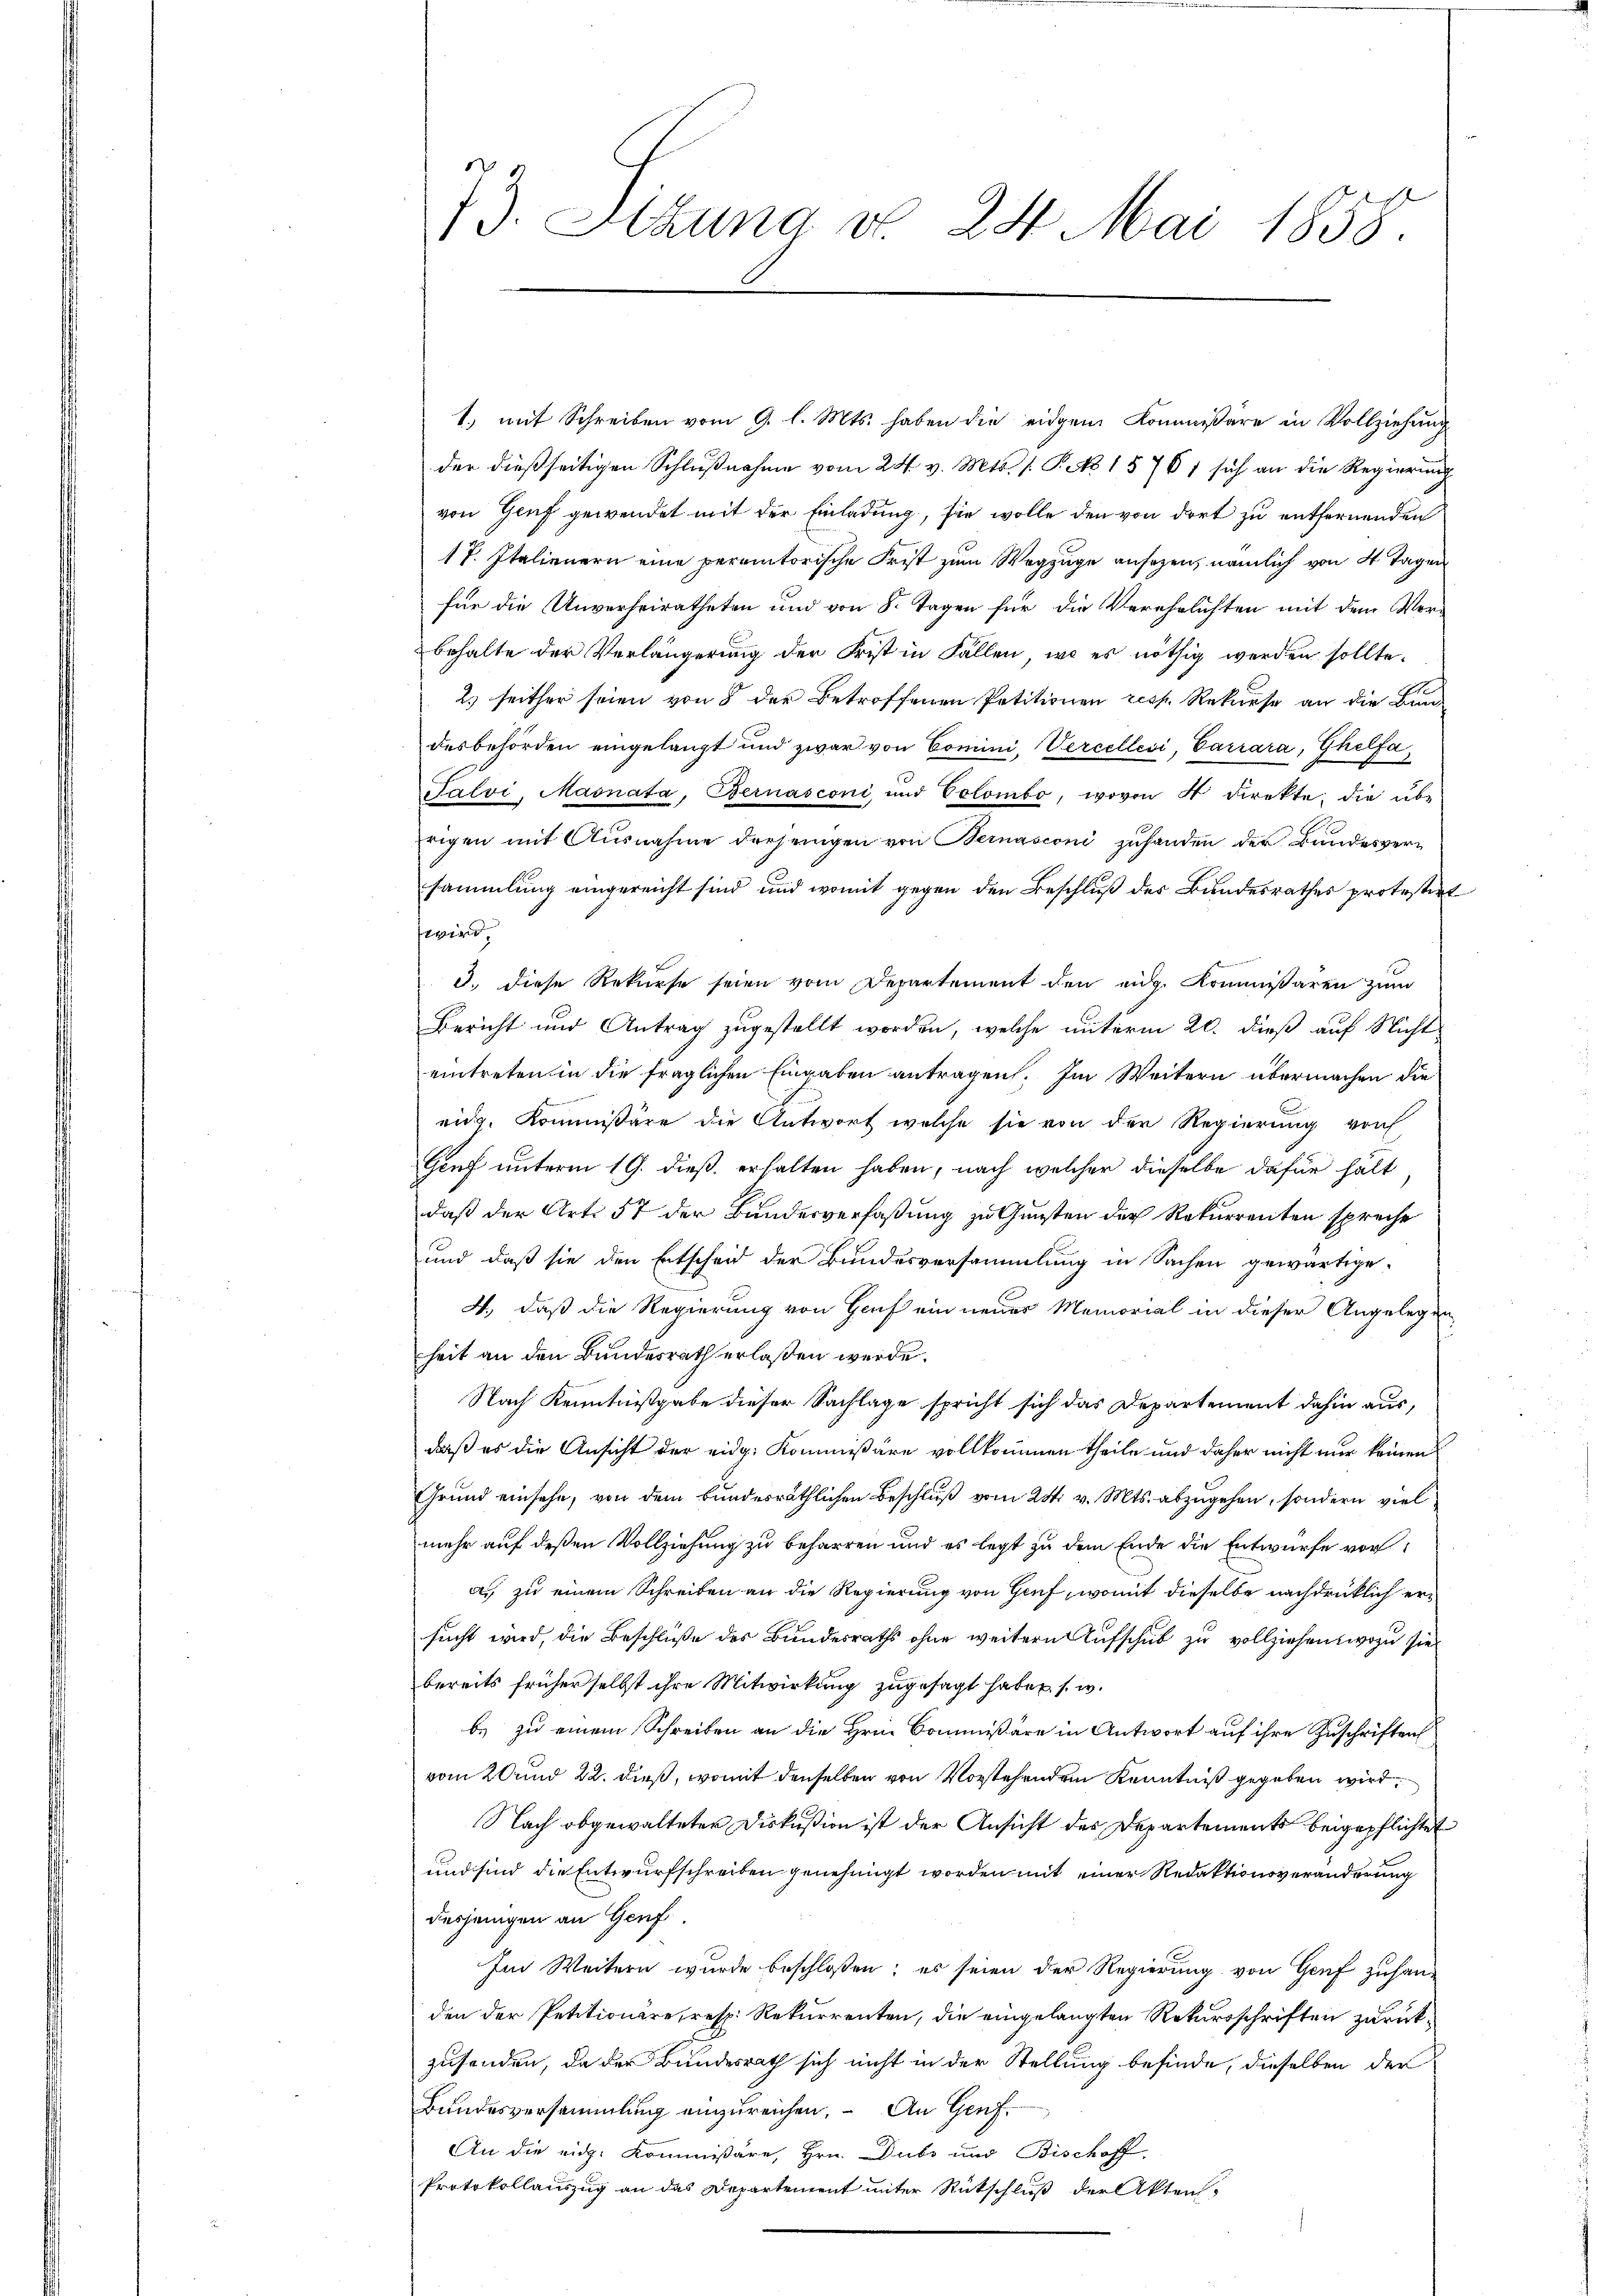
73. Sizung d. 24. Mai 1858.

1.) mit Schreiben vom 9. l. Mts. haben die eidgem Kommissäre in Vollziehung
der dießseitigen Schlußnahme vom 24. v. Mts. 1. P. N 15761 sich an die Regierung
von Genf gewendet mit der Einladung, sie wolle den von dort zu entfernenden
17. Italienern eine peremtorische Frist zum Wegzuge ansezen, nämlich von 4 Tagen
für die Unverheiratheten und von 8. Tagen für die Verehelichten mit dem Verbehalte der Verlängerung der Frist in Fällen, wo es nöthig werden sollte.
2.) seither seien von 8 der Betroffenen Petitionen resp. Rekurse an die Bun
desbehörden eingelangt und zwar von Comini, Vercellesi, Carrara, Ghelfa¬
Falvi, Maonata, Bernasconi und Colombo, wovon 4 direkte, die übe
rigen mit Ausnahme diejenigen von Bernasconi zuhanden der Bundesversammlung eingereicht sind, und womit gegen den Beschluß des Bundesrathes protestir
i
3., diese Rekurse seien vom Departement den eidg. Kommißaren zum
Bericht und Antrag zugestellt worden, welche unterm 20. dieß auf Nicht
eintreten in die fraglichen Eingaben antragen. Im Weitern übermachen die
eidg. Kommissäre die Antwort welche sie von der Regierung von
Genf unterm 19. dieß erhalten haben, nach welcher dieselbe dafür halt
daß der Art. 57 der Bundesverfaßung zu Gunsten der Rekurrenten spreche
und daß sie den Entscheid der Bundesversammlung in Sachen gewärtige-
4, daß die Regierung von Genf ein neues Memorial in dieser Angelegen
heit an den Bundesrath erlaßen werde.
Nach Kenntnißgabe dieser Sachlage spricht sich das Departement dahin aus,
daß es die Ansicht der eidg. Kommißäre vollkommen theile und daher nicht nur keinen
Grund einsehe, von dem bundesräthlichen Beschluß vom 28. v. Mts. abzugehen, sondern viel
mehr auf deßen Vollziehung zu beharren und es legt zu dem Ende die Entwurfe vora. zu einem Schreiben an die Regierung von Genf, womit dieselbe nachdrücklich ersucht wird, die Beschluße des Bundesraths ohne weitern Aufschub zu vollziehen, wozu sie
bereits früher selbst ihre Mitwirkung zugesagt haben, s. w.
b. zu einem Schreiben an die Hrn. Commissäre in Antwort auf ihre Zuschriften
vom 20 und 22. dieß, womit denselben von Vorstehenden Kenntniß gegeben wird,
Nach obgewalteter Diskußion ist der Ansicht des Departements beigepflichtet
und sind die Entwurfschreiben genehmigt worden mit einer Redaktionsveränderung
desjenigen an Herf
Im Weitern wurde beschloßen; es seien der Regierung von Genf zufanden der Petitionäre, resp. Rekurrenten, die eingelangten Rekursschriften zurückzusenden, da der Bundesrath sich nicht in der Stellung befinde, dieselben der
Bundesversammlung einzureichen. An Genf
An die eid. Kommissäre, Hrn. Dubs und Bischoff
Protokollauszug an das Departement unter Rückschluß der Akten-